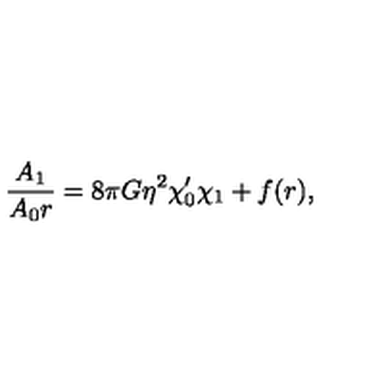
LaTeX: { \frac { A _ { 1 } } { A _ { 0 } r } } = 8 \pi G \eta ^ { 2 } \chi _ { 0 } ^ { \prime } \chi _ { 1 } + f ( r ) ,